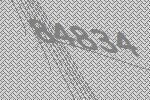
84834